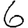
Digit: 6